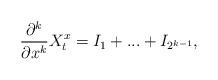
LaTeX: \begin{align*}\frac{\partial ^{k}}{\partial x^{k}}X_{t}^{x}=I_{1}+...+I_{2^{k-1}},\end{align*}